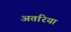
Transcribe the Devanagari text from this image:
अतरिया